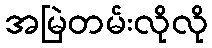
အမြဲတမ်းလိုလို